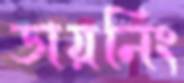
ডায়নিং